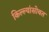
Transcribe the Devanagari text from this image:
किल्ल्यांसोबत